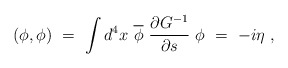
\begin{align*}(\phi,\phi)\ =\ \int d^4x\ \overline \phi\ \frac{\partial G^{-1}}{\partial s}\ \phi\ =\ -i\eta\ ,\end{align*}